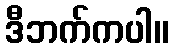
ဒီဘက်ကပါ။